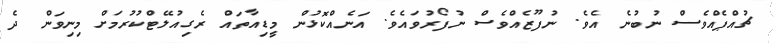
ޗުއްޕެއްވެސް ނުބުނެ އެވެ. ނުފޫޒެއްވެސް ނުފޯރުވައެވެ. އަނެއްކޮޅުން މީޑިއާތައް ރެގިއުލޭޓްކުރުމަށް މިނިވަން ދެ